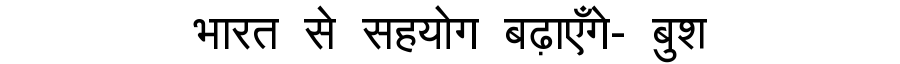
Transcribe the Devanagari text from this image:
भारत से सहयोग बढ़ाएँगे- बुश